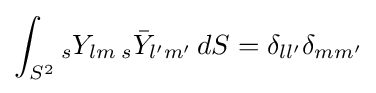
\int _{S^{2}}{}_{s}Y_{lm}\,{}_{s}{\bar {Y}}_{l'm'}\,dS=\delta _{ll'}\delta _{mm'}